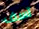
آسف